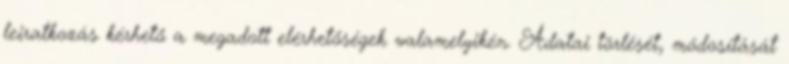
leiratkozás kérhető a megadott elérhetőségek valamelyikén. Adatai törlését, módosítását